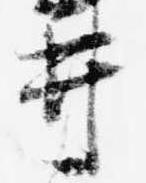
井